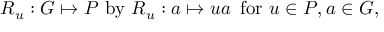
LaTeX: R _ { u } : G \mapsto P \mathrm { ~ b y ~ } R _ { u } : a \mapsto u a \, \mathrm { ~ f o r ~ } u \in P , a \in G ,